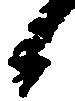
候